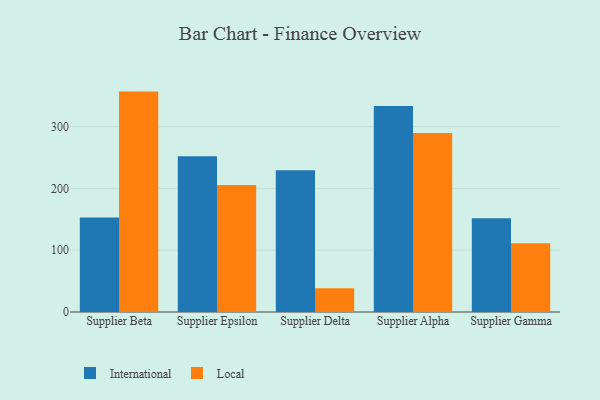
{"axis": {"x": "Supplier", "y": "Waste Production (Tons)"}, "legend": ["International", "Local"], "data": [{"x": "Supplier Beta", "y": 152.7, "type": "International"}, {"x": "Supplier Beta", "y": 356.6, "type": "Local"}, {"x": "Supplier Epsilon", "y": 252.2, "type": "International"}, {"x": "Supplier Epsilon", "y": 205.5, "type": "Local"}, {"x": "Supplier Delta", "y": 229.3, "type": "International"}, {"x": "Supplier Delta", "y": 38.6, "type": "Local"}, {"x": "Supplier Alpha", "y": 333.3, "type": "International"}, {"x": "Supplier Alpha", "y": 289.7, "type": "Local"}, {"x": "Supplier Gamma", "y": 151.5, "type": "International"}, {"x": "Supplier Gamma", "y": 111.3, "type": "Local"}]}